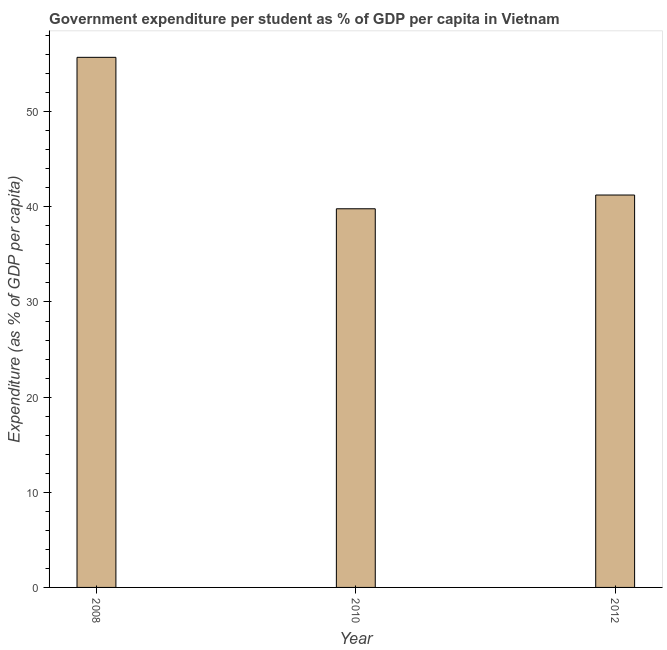
| Year | Government expenditure per tertiary student |
 | --- | --- |
 | 2008 | 55.7 |
 | 2010 | 39.8 |
 | 2012 | 41.2 |